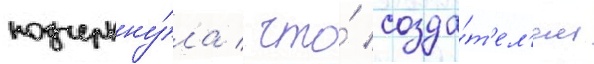
подчеркну́ла / что́ созда́т'ел'ем